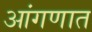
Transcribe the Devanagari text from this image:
आंगणात